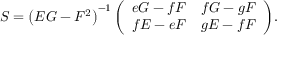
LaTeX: S = \left( E G - F ^ { 2 } \right) ^ { - 1 } { \left( \begin{array} { l l } { e G - f F } & { f G - g F } \\ { f E - e F } & { g E - f F } \end{array} \right) } .